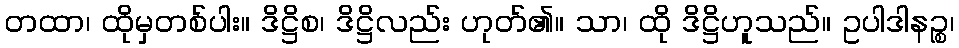
တထာ၊ ထိုမှတစ်ပါး။ ဒိဋ္ဌိစ၊ ဒိဋ္ဌိလည်း ဟုတ်၏။ သာ၊ ထို ဒိဋ္ဌိဟူသည်။ ဥပါဒါနဉ္စ၊